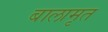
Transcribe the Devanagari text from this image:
बालामृत